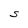
Character: S